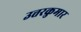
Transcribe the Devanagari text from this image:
उत्तरकुमार